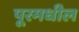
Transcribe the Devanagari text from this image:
पूरमधील